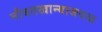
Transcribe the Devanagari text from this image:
नौबतखान्याजवळ